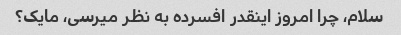
سلام، چرا امروز اینقدر افسرده به نظر میرسی، مایک؟